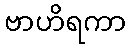
ဗာဟိရကာ